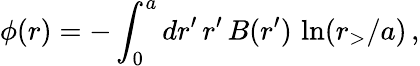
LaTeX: \phi(r)=-\int_{0}^{a}dr^{\prime}\, r^{\prime}\, B(r^{\prime})\, \ln(r_{>}/a)\, ,